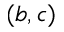
( b , c )